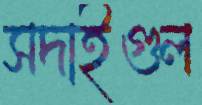
সদাইগুল